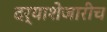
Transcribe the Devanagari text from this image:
दर्याशेजारीच